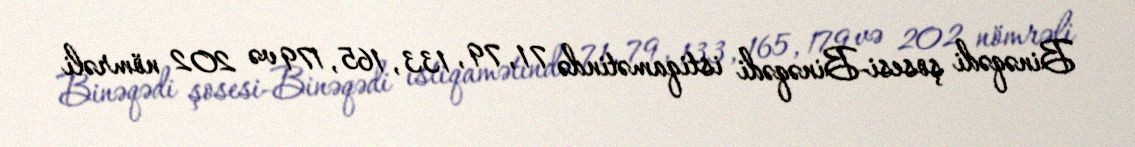
Binəqədi şosesi-Binəqədi istiqamətində 71, 79, 133, 165, 179 və 202 nömrəli